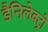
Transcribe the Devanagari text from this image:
डैनिलेक्ट्रो